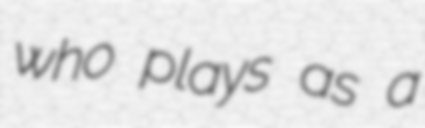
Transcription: who plays as a